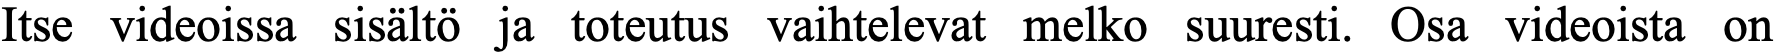
Itse videoissa sisältö ja toteutus vaihtelevat melko suuresti. Osa videoista on